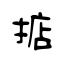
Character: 掂